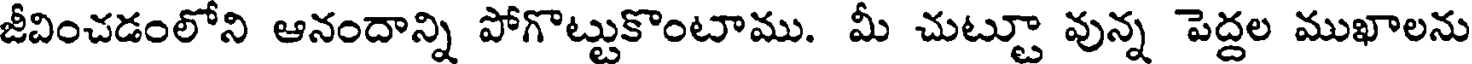
జీవించడంలోని ఆనందాన్ని పోగొట్టుకొంటాము. మీ చుట్టూ వున్న పెద్దల ముఖాలను